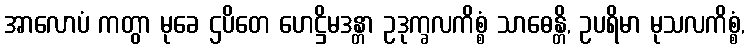
အာလောပံ ကတွာ မုခေ ဌပိတေ ဟေဋ္ဌိမဒန္တာ ဥဒုက္ခလကိစ္စံ သာဓေန္တိ, ဥပရိမာ မုသလကိစ္စံ,